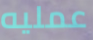
عمليه